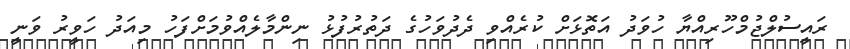
ރައީސުލްޖުމްހޫރިއްޔާ ހުވަދު އަތޮޅަށް ކުރެއްވި ދެދުވަހުގެ ދަތުރުފުޅު ނިންމާލެއްވުމަށްފަހު މިއަދު ހަވީރު ވަނީ